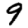
Digit: 9